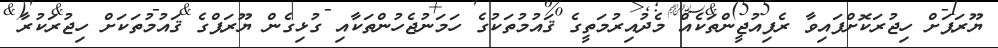
ޔޫރަޕަށް ހިޖުރަކޮށްފައިވާ ރެފިއުޖީންތަކެއް މެދުއިރުމަތީގެ ޤައުމުތަކުގެ ހަމަނުޖެހުންތަކާއި ގުޅިގެން ޔޫރަޕްގެ ޤައުމުތަކަށް ހިޖުރަކުރާ